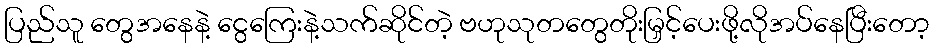
ပြည်သူ တွေအနေနဲ့ ငွေကြေးနဲ့သက်ဆိုင်တဲ့ ဗဟုသုတတွေတိုးမြှင့်ပေးဖို့လိုအပ်နေပြီးတော့